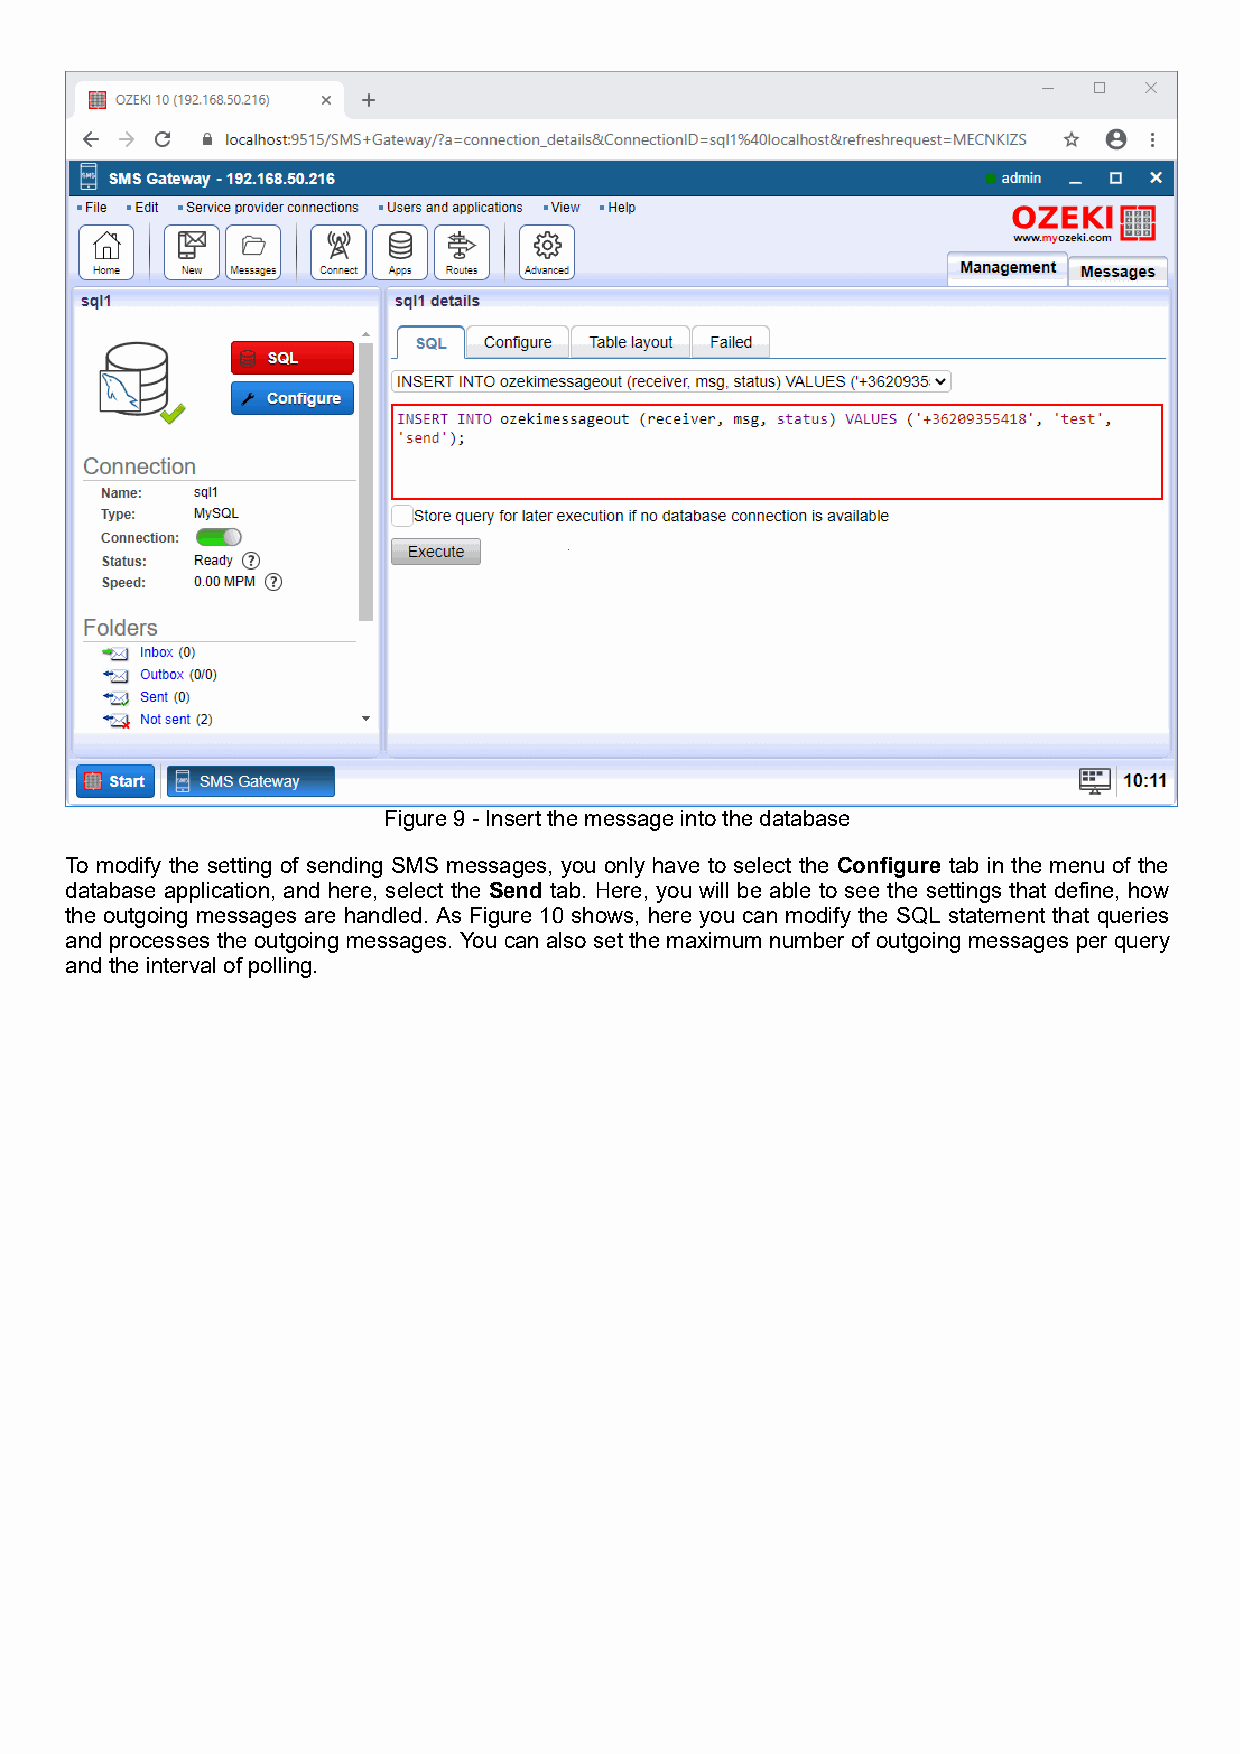
Figure 9 - Insert the message into the database
 To modify the setting of sending SMS messages, you only have to select the Configure tab in the menu of the
 database application, and here, select the Send tab. Here, you will be able to see the settings that define, how
 the outgoing messages are handled. As Figure 10 shows, here you can modify the SQL statement that queries
 and processes the outgoing messages. You can also set the maximum number of outgoing messages per query
 and the interval of polling.